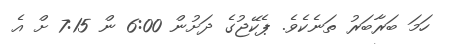
ހަމަ ބަރާބަރު ތަނެކެވެ. ޕެކޭޖުގެ ދަށުން 6:00 ން 7:15 ށް އެ